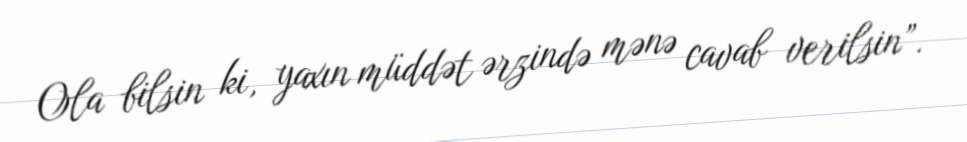
Ola bilsin ki, yaxın müddət ərzində mənə cavab verilsin”.